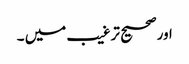
اورصحیح ترغیب میں ۔